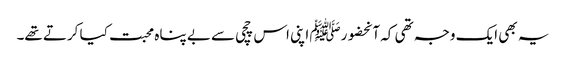
یہ بھی ایک وجہ تھی کہ آنحضورﷺ اپنی اس چچی سے بے پناہ محبت کیا کرتے تھے۔